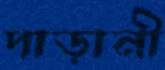
পাড়ানী